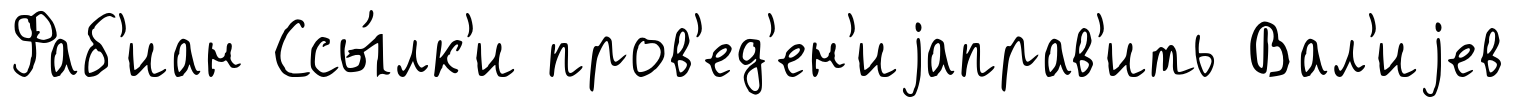
Фаб'иан Ссы́лк'и пров'ед'ен'иjаправ'ить Вал'иjев